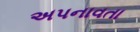
અપનાવતા